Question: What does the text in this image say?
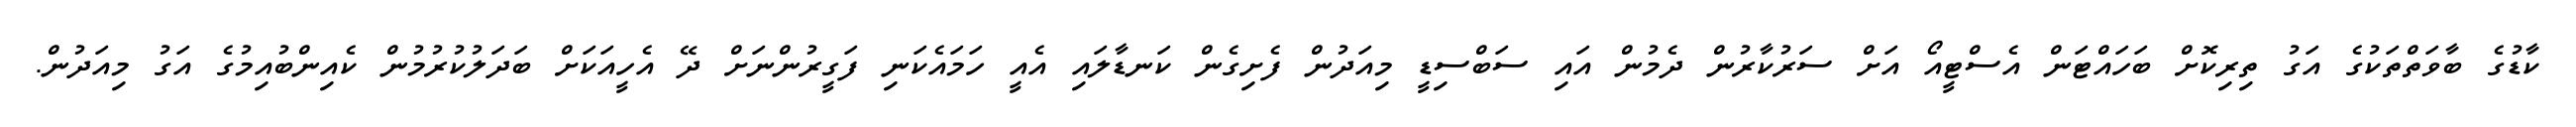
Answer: ކާޑުގެ ބާވަތްތަކުގެ އަގު ތިރިކޮށް ބަހައްޓަން އެސްޓީއޯ އަށް ސަރުކާރުން ދެމުން އައި ސަބްސިޑީ މިއަދުން ފެށިގެން ކަނޑާލައި އެއީ ހަމައެކަނި ފަގީރުންނަށް ދޭ އެހީއަކަށް ބަދަލުކުރުމުން ކެއިންބުއިމުގެ އަގު މިއަދުން.